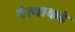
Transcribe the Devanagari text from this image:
नेत्याकडे